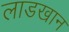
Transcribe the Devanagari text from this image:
लाडखान